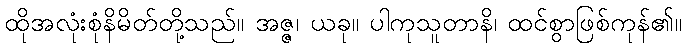
ထိုအလုံးစုံနိမိတ်တို့သည်။ အဇ္ဇ၊ ယခု။ ပါကုသူတာနိ၊ ထင်စွာဖြစ်ကုန်၏။